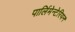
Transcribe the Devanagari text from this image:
पार्लिमेन्टेरियन